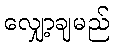
လျှော့ချမည်